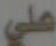
علي